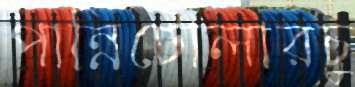
পান্নিটোলারচু